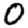
Digit: 0